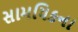
સામયિકના